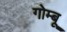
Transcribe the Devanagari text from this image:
गोम्बू